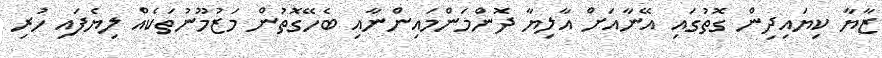
ޒާޔާ ކިޔައިދިން ގޮތުގައި އޭނާއަށް އާލިޔާ ދޮންމަންމައިންނާއި ބެހޭގޮތުން މަޒުމޫނުތަކެއް ލިޔެފައި ހުރި